Lunatic asylums Bombay report 1891-1903 - 1891-1903
Year: 1891
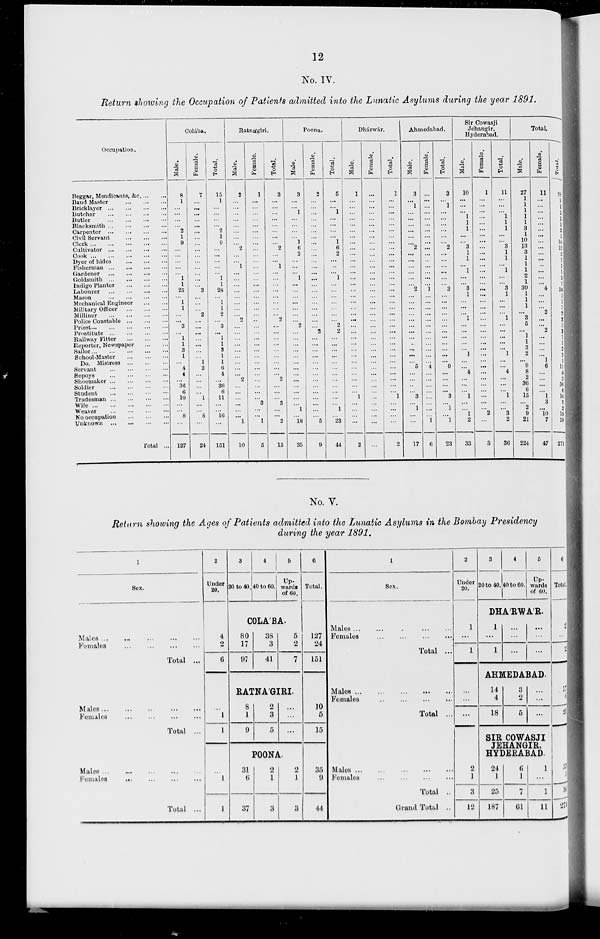
12
No. IV.
Return showing the Occupation of Patients admitted into the Lunatic Asylums during the year 1891.
Occupation.
Beggar, Mendicants, &c. ... ...
Band Master
...
...
...
Bricklayer
...
...
...
...
Butcher
...
...
...
...
Butler
...
...
...
...
Blacksmith
...
...
...
...
Carpenter
...
...
...
...
Civil Servant ... ... ...
Clerk
...
...
...
...
...
Cultivator
...
...
...
...
Cook
...
...
...
...
...
Dyer of hides ... ... ...
Fisherman ... ... ... ...
Gardener ... ... ... ...
Goldsmith
...
...
...
...
Indigo Planter
...
...
...
Labourer
...
...
...
...
Mason
...
...
...
...
Mechanical Engineer ... ...
Military Officer ... ... ...
Milliner
...
...
...
...
Police Constable ... ... ...
Priest
...
...
...
...
...
Prostitute ... ... ... ...
Railway Fitter ... ... ...
Reporter, Newspaper
...
...
Sailor
...
...
...
...
...
School-Master ... ... ...
Do. Mistress ... ... ...
Servant
...
...
...
...
Sepoys
...
...
...
...
Shoemaker
...
...
...
...
Soldier
...
...
...
...
Student ... ... ... ...
Tradesman
...
...
...
...
Wife
...
...
...
...
...
Weaver
...
...
...
...
No occupation ... ... ...
Unknown ... ... ... ...
Total ...
Colába.
Male.
8
1
...
...
...
...
2
1
9
...
...
...
...
...
1
1
25
...
1
1
...
...
3
...
1
1
3
1
...
4
4
...
36
6
10
...
...
8
...
127
Female.
7
...
...
...
...
...
...
...
...
...
...
...
...
...
...
...
3
...
...
...
2
...
...
...
...
...
...
...
1
2
...
...
...
...
1
...
...
8
...
24
Total.
15
1
...
...
...
...
2
1
9
...
...
...
...
...
1
1
28
...
1
1
2
...
3
...
1
1
3
1
1
6
4
...
36
6
11
...
...
16
...
151
Ratnágiri.
Male.
2
...
...
...
...
...
...
...
...
2
...
...
1
...
...
...
...
...
...
...
...
2
...
...
...
...
...
...
...
...
...
2
...
...
...
...
...
...
1
10
Female.
1
...
...
...
...
...
...
...
...
...
...
...
...
...
...
...
...
...
...
...
...
...
...
...
...
...
...
...
...
...
...
...
...
...
...
3
...
...
1
5
Total.
3
...
...
...
...
...
...
...
...
2
...
...
1
...
...
...
...
...
...
...
... 2
...
...
...
...
...
...
...
...
...
2
...
...
...
3
...
...
2
15
Poona.
Male.
3
...
...
1
...
...
...
...
1
6
2
...
...
...
1
...
...
...
...
...
...
...
2
...
...
...
...
...
...
...
...
...
...
...
...
...
1
...
18
35
Female.
2
...
...
...
...
...
...
...
...
...
...
...
...
...
...
...
...
...
...
...
...
...
...
2
...
...
...
...
...
...
...
...
...
...
...
...
...
...
5
9
Total.
5
...
...
1
...
...
...
... 1
6
2
...
...
...
1
...
...
...
...
...
...
...
2
2
...
...
...
...
...
...
...
...
...
...
...
...
1
...
23
44
Dhárwár.
Male.
1
...
...
...
...
...
...
...
...
...
...
...
...
...
...
...
...
...
...
...
...
...
...
...
...
...
...
...
...
...
...
...
...
...
1
...
...
...
...
2
Female.
...
...
...
...
...
...
...
...
...
...
...
...
...
...
...
...
...
...
...
...
...
...
...
...
...
...
...
...
...
...
...
...
...
...
...
...
...
...
...
...
Total.
1
...
...
...
...
...
...
...
...
...
...
...
...
...
...
...
...
...
...
...
...
...
...
...
...
...
...
...
...
...
...
...
...
...
1
...
...
...
...
2
Ahmedabad.
Male.
3
...
1
...
...
...
...
...
...
2
...
...
...
...
...
...
2
...
...
...
...
...
...
...
...
...
...
...
...
5
...
...
...
...
3
...
1
...
...
17
Female.
...
...
...
...
...
...
...
...
...
...
...
...
...
...
...
...
1
...
...
...
...
...
...
...
...
...
...
...
...
4
...
...
...
...
...
...
...
...
1
6
Total.
3
...
1
...
...
...
...
...
...
2
...
...
...
...
...
...
3
...
...
...
...
...
...
...
...
...
...
...
...
9
...
...
...
...
3
...
1
...
1
23
Sir Cowasji
Jehangir,
Hyderabad.
Male.
10
...
...
...
1
1
1
...
...
3
1
1
...
1
...
...
3
1
...
...
... 1
...
...
...
...
...
1
...
...
4
...
...
...
1
...
...
1
2
33
Female.
1
...
...
...
...
...
...
...
...
...
...
...
...
...
...
...
...
...
...
...
...
...
...
...
...
...
...
...
...
...
...
...
...
...
...
...
...
2
...
3
Total.
11
...
...
...
1
1
1
...
...
3
1
1
...
1
...
...
3
1
...
...
...
1
...
...
...
...
... 1
...
...
4
...
...
...
1
...
...
3
2
36
Total.
Male.
27
1
1
1
1
1
3
1
10
13
3
1
1
1
2
1
30
1
1
1
...
3
5
...
1
1
3
2
...
9
8
2
36
6
15
...
2
9
21
224
Female.
11
...
...
...
...
...
...
...
...
...
...
...
...
...
...
...
4
...
...
...
2
...
...
2
...
...
...
...
1
6
...
...
...
...
1
3
...
10
7
47
Total.
38
1
1
1
1
1
3
1
10
13
3
1
1
1
2
1
34
1
1
1
2
3
5
2
1
1
3
2
1
15
8
2
36
6
16
3
2
19
28
271
No. V.
Return showing the Ages of Patients admitted into the Lunatic Asylums in the Bombay Presidency
during the year 1891.
1
Sex.
Males
...
...
...
...
...
Females
...
...
...
...
Total ...
Males
...
...
...
...
...
Females ... ... ... ...
Total ...
Males ... ... ... ... ...
Females ... ... ... ...
Total ...
2
Under
20.
4
2
6
...
1
1
...
1
1
3
20 to 40.
4
40 to 60.
5
Up-
wards
of 60.
COLÁBA.
80
17
97
38
3
41
5
2
7
RATNÁGIRI.
8
1
9
2
3
5
...
...
...
POONA.
31
6
37
2
1
3
2
1
3
6
Total.
127
24
151
10
5
15
35
9
44
1
Sex.
Males
...
...
...
...
...
Females
... ... ... ...
Total ...
Males
...
...
...
...
...
Females
...
...
...
...
Total ...
Males
...
...
...
...
...
Females
...
...
...
...
Total ..
Grand Total ..
2
Under
20.
1
...
1
...
...
...
2
1
3
12
3
20 to 40.
4
40 to 60.
5
Up-
wards
of 60.
DHARWÁR.
1
...
1
...
...
...
...
...
...
AHMEDABAD.
14
4
18
3
2
5
...
...
...
SIR COWASJI
JEHANGIR,
HYDERABAD.
24
1
25
187
6
1
7
61
1
...
1
11
6
Total.
2
...
2
17
6
23
33
3
36
271